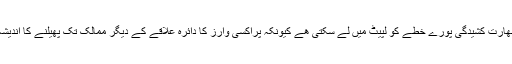
پاک-بھارت کشیدگی پورے خطے کو لپیٹ میں لے سکتی ھے کیونکہ پراکسی وارز کا دائرہ علاقے کے دیگر ممالک تک پھیلنے کا اندیشہ ھے۔